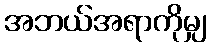
အဘယ်အရာကိုမျှ